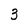
Character: 3